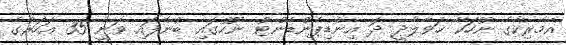
އެމެރިކާގެ ނޫހަކާ ހަވާލާދީ ދަ އިންޑިޕެންޑެންޓް ނޫހުގައި ބުނެފައި ވަނީ 35 އަހަރުގެ